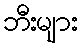
ဘီးများ